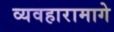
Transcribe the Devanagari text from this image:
व्यवहारामागे